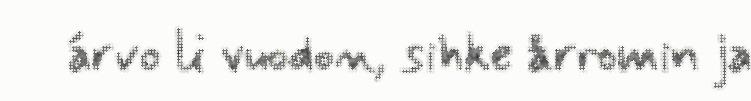
árvo li vuodon, sihke årromin ja